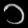
Digit: ၁